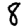
Digit: 8